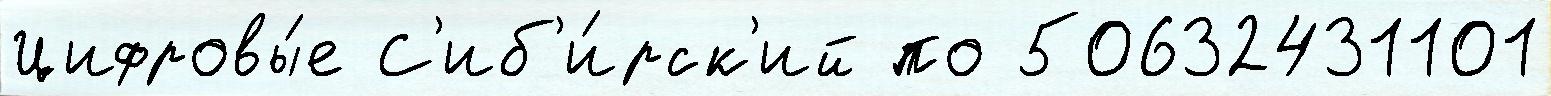
Цифровы́е С'иб'и́рск'ий по 50632431101